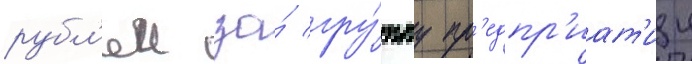
рубл'еи за́ гру́ппу пр'едпр'иат'ии